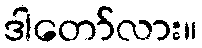
ဒါတော်လား။